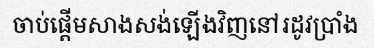
ចាប់ផ្តើមសាងសង់ឡើងវិញនៅរដូវប្រាំង